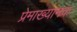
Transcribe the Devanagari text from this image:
प्रेमाख्यानक